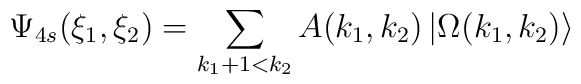
\Psi _{4s}(\xi _{1},\xi _{2})=\sum_{k_{1}+1<k_{2}}A(k_{1},k_{2})\left|\Omega (k_{1},k_{2})\right\rangle